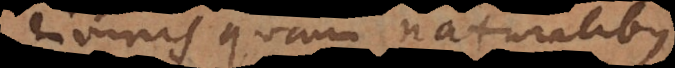
divinis quam naturalibus